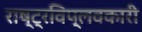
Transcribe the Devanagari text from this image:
राष्ट्रविप्लवकारी